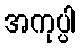
အကုပ္ပါ